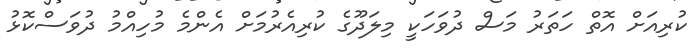
ކުރިއަށް އޮތް ހަތަރު މަސް ދުވަހަކީ މިލަދޫގެ ކުރިއެރުމަށް އެންމެ މުހިއްމު ދުވަސްކޮޅު